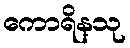
ကောရိန္သု